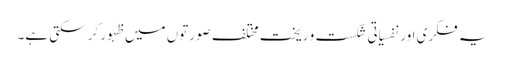
یہ فکری اور نفسیاتی شکست و ریخت مختلف صورتوں میں ظہور کر سکتی ہے۔